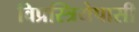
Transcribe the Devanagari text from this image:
विप्रस्त्रियेपासी